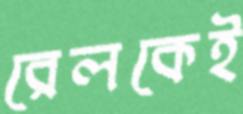
রেলকেই